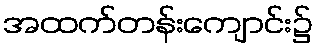
အထက်တန်းကျောင်း၌